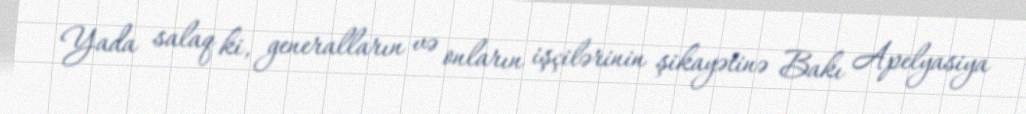
Yada salaq ki, generalların və onların işçilərinin şikayətinə Bakı Apelyasiya